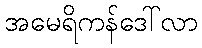
အမေရိကန်ဒေါ်လာ